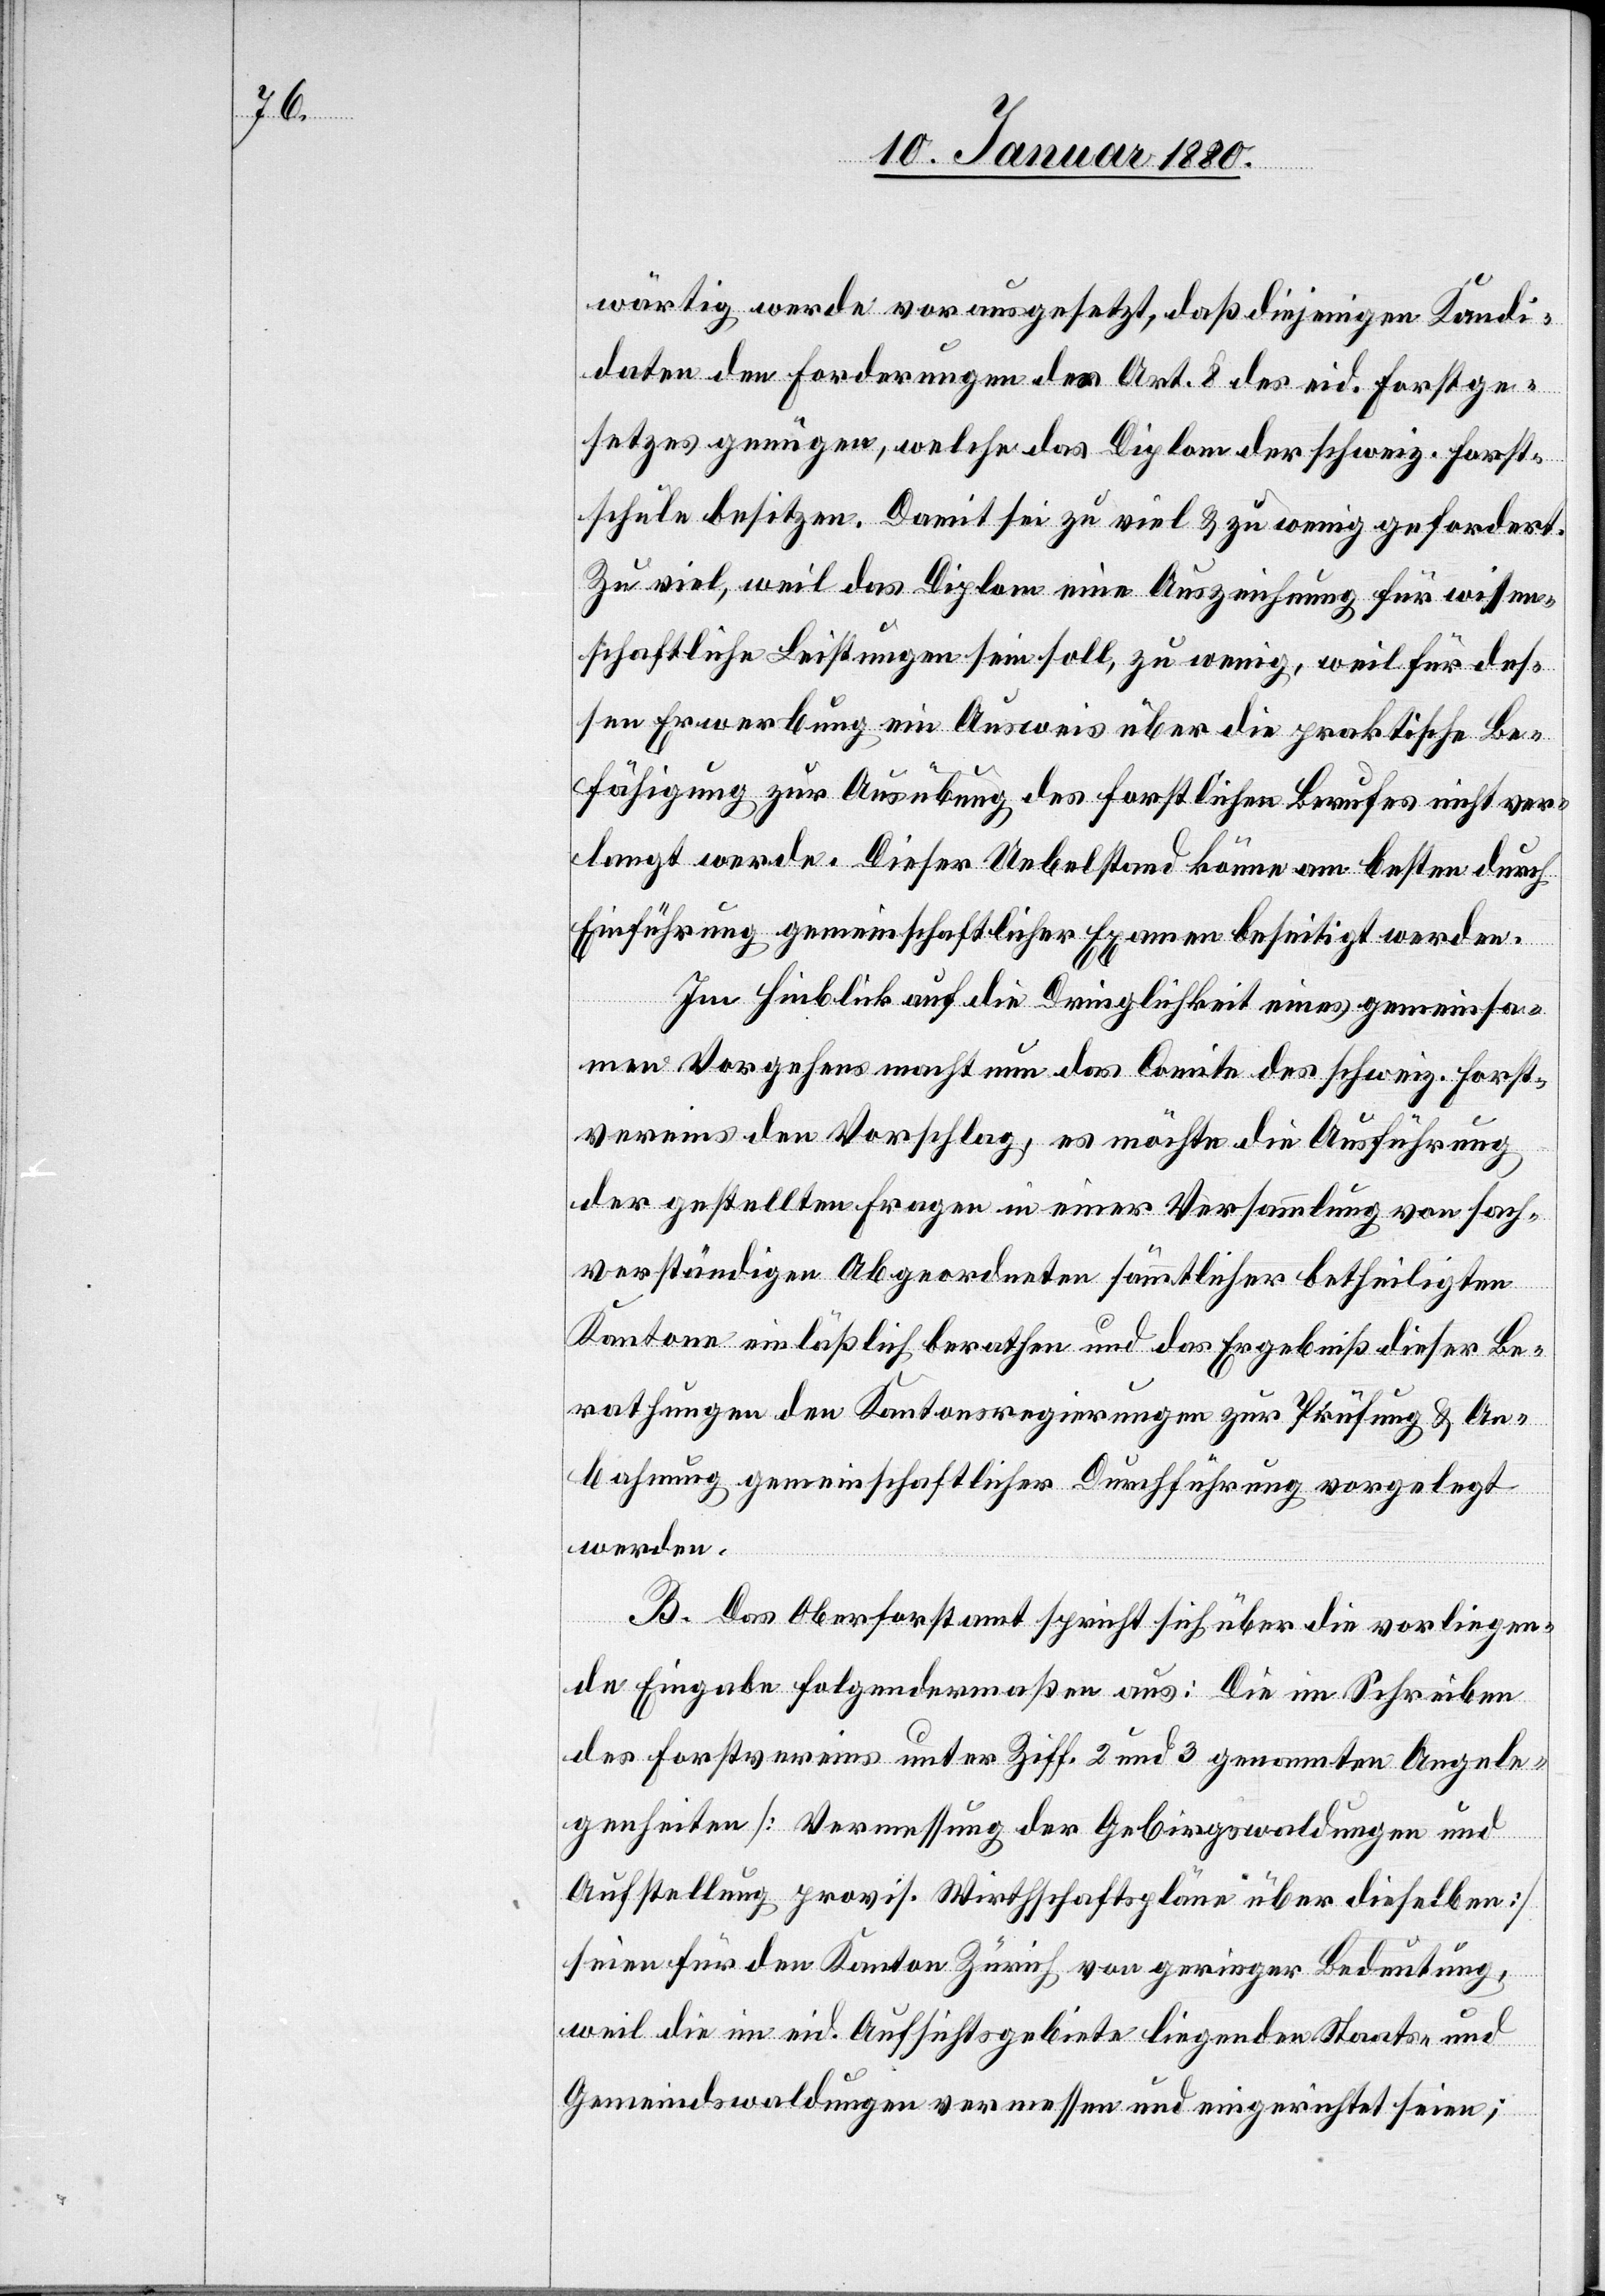
wärtig werde vorausgesetzt, daß diejenigen Kandi¬
daten den Forderungen des Art. 8 des eid. Forstge¬
setzes genügen, welche das Diplom der schweiz. Forst¬
schule besitzen. Damit sei zu viel & zu wenig gefordert.
Zu viel, weil das Diplom eine Auszeichnung für wissen¬
schaftliche Leistungen sein soll, zu wenig, weil für des¬
sen Erwerbung ein Ausweis über die praktische Be¬
fähigung zur Ausübung des forstlichen Berufes nicht ver¬
langt werde. Dieser Uebelstand könne am besten durch
Einführung gemeinschaftlicher Examen beseitigt werden.
Im Hinblick auf die Dringlichkeit eines gemeinsa¬
men Vorgehens macht nun das Comite des schweiz. Forst¬
vereins den Vorschlag, es möchte die Ausführung
der gestellten Fragen in einer Versammlung von sach¬
verständigen Abgeordneten sämmtlicher betheiligten
Kantone einläßlich berathen und das Ergebniß dieser Be¬
rathungen den Kantonsregierungen zur Prüfung & An¬
bahnung gemeinschaftlicher Durchführung vorgelegt
werden.
B. Das Oberforstamt sprich sich über die vorliegen¬
de Eingabe folgendermaßen aus: Die im Schreiben
des Forstvereins unter Ziff. 2 und 3 genannten Angele¬
genheiten [Vermessung der Gebirgswaldungen und
Aufstellung provis. Wirthschaftspläne über dieselben]
seien für den Kanton Zürich von geringer Bedeutung,
weil die im eid. Aufsichtsgebiete liegenden Staats- und
Gemeindswaldungen vermessen und eingerichtet seien;